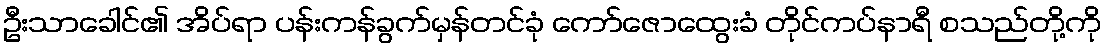
ဦးသာခေါင်၏ အိပ်ရာ ပန်းကန်ခွက်မှန်တင်ခုံ ကော်ဇောထွေးခံ တိုင်ကပ်နာရီ စသည်တို့ကို